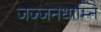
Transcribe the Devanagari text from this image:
जज्जनधाम्नि